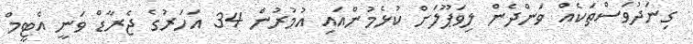
ގިނަދުވަސްތަކެއް ވަންދެން ލިވަޕޫލަށް ކުޅެމުންއައި އުމުރުން 34 އަހަރުގެ ޖެރާޑް ވަނީ އެޓީމް